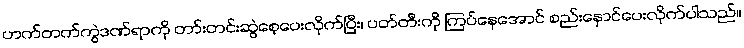
ဟက်တက်ကွဲဒဏ်ရာကို တာ်းတင်းဆွဲစေ့ပေးလိုက်ပြီး၊ ပတ်တီးကို ကြပ်နေအောင် စည်းနှောင်ပေးလိုက်ပါသည်။